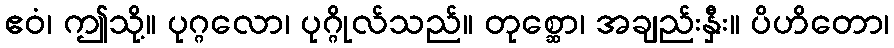
ဧဝံ၊ ဤသို့။ ပုဂ္ဂလော၊ ပုဂ္ဂိုလ်သည်။ တုစ္ဆော၊ အချည်းနှီး။ ပိဟိတော၊